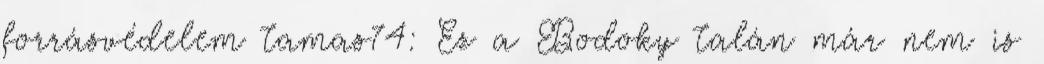
forrásvédelem tamas74: Ez a Bodoky talán már nem is